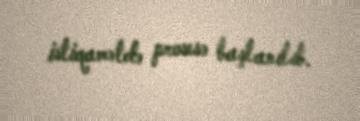
istiqamətdə prosesə başlanılıb.